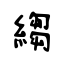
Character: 縐